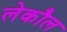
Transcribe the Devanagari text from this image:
लेकौल